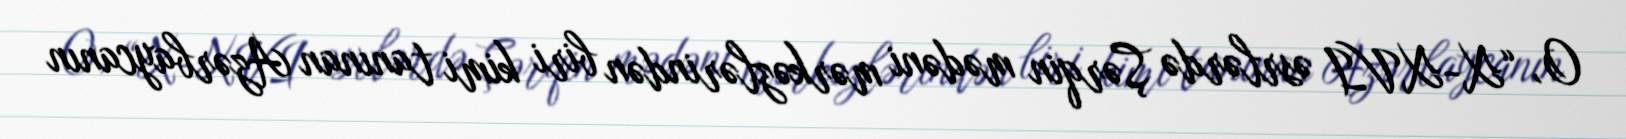
O, “X-XVI əsrlərdə Şərqin mədəni mərkəzlərindən biri kimi tanınan Azərbaycanın